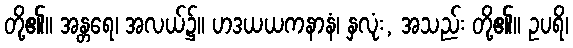
တို့၏။ အန္တရေ၊ အလယ်၌။ ဟဒယယကနာနံ၊ နှလုံး, အသည်း တို့၏။ ဥပရိ၊